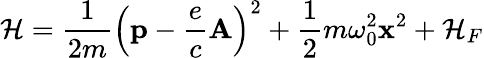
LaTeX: \mathcal{H}={\frac{{1}}{{2m}}}\left(\mathbf{{p}}-{\frac{{e}}{{c}}}\mathbf{{A}}\right)^{2}+{\frac{{1}}{{2}}}m\omega_{0}^{2}\mathbf{{x}}^{2}+\mathcal{H}_{F}